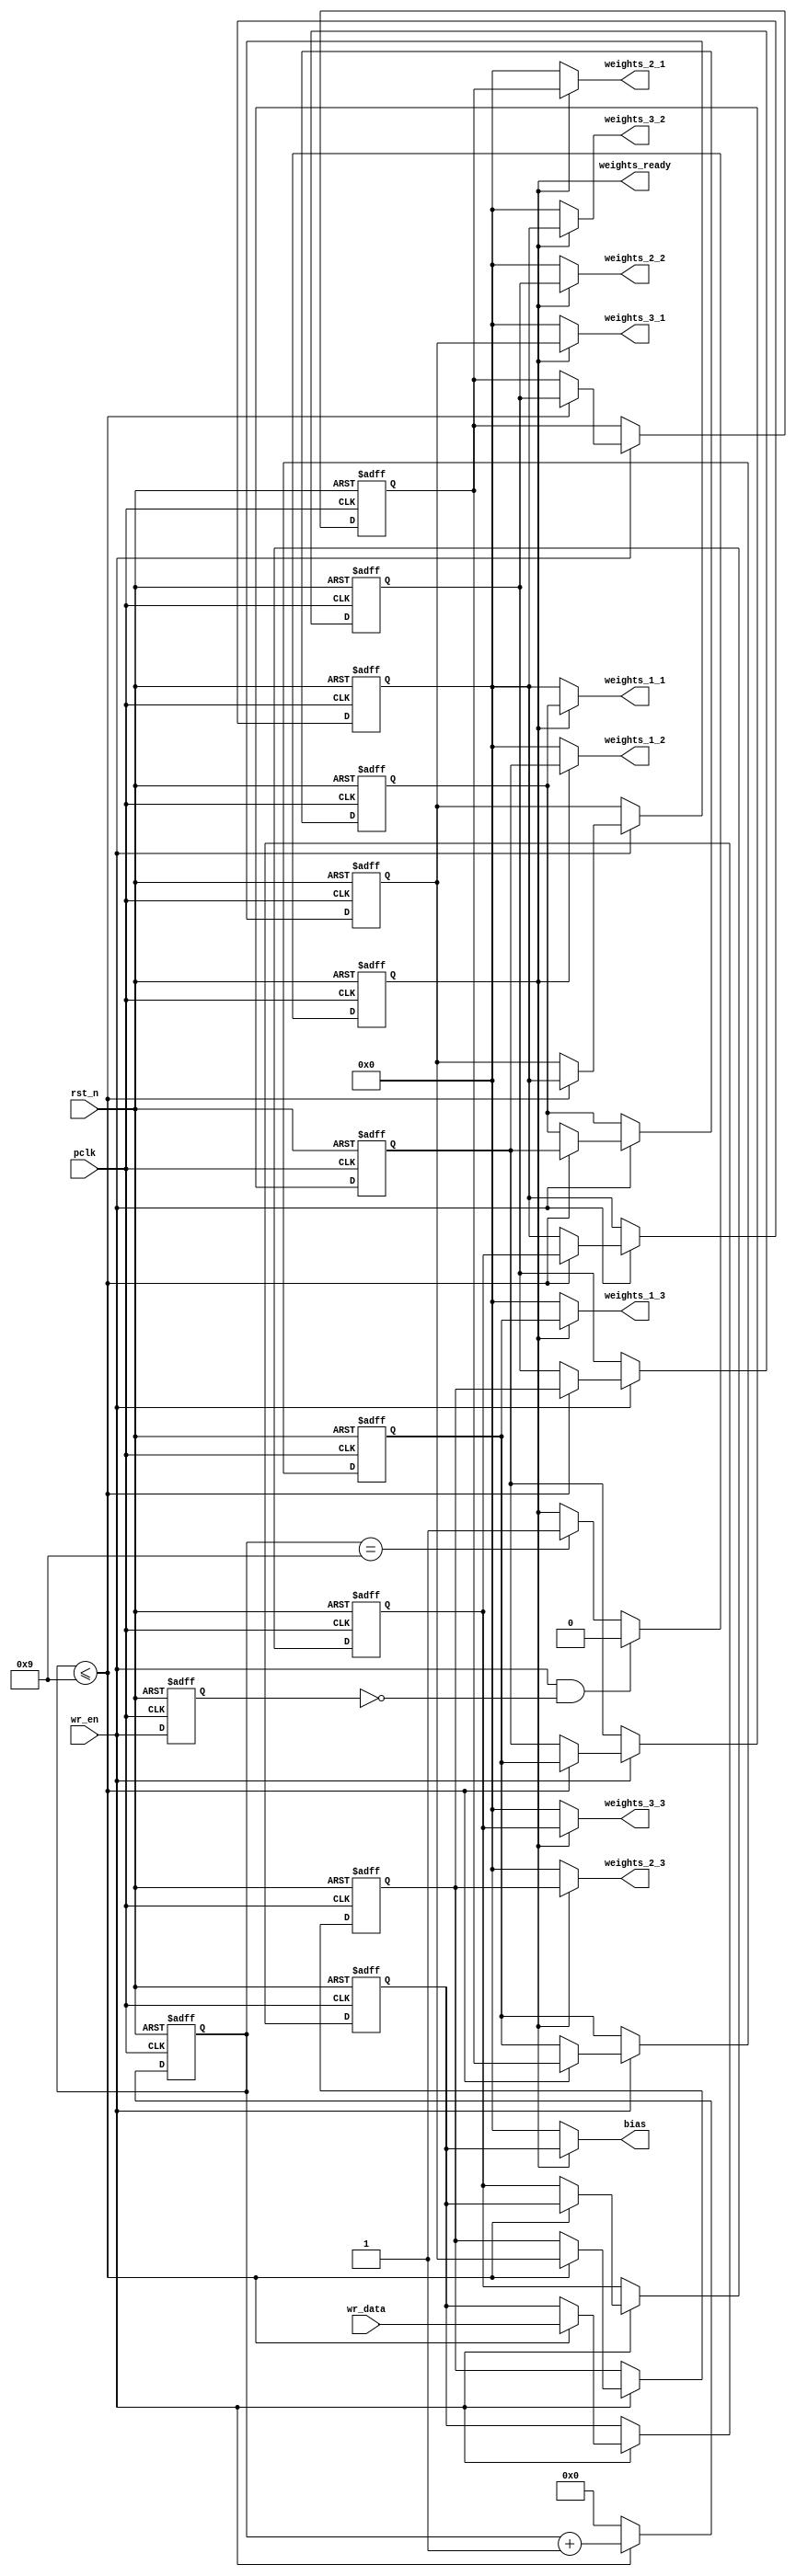
module conv_weights(
	input 				pclk,
	input 				rst_n,
	//10
	input  [15:0] 		wr_data,
	input 				wr_en,
	
	output [15:0] 	weights_1_1,
	output [15:0] 	weights_1_2,
	output [15:0] 	weights_1_3,
	output [15:0] 	weights_2_1,
	output [15:0] 	weights_2_2,
	output [15:0] 	weights_2_3,
	output [15:0] 	weights_3_1,
	output [15:0] 	weights_3_2,
	output [15:0] 	weights_3_3,
	output [15:0] 	bias,
	
	output 	reg 	weights_ready
);

reg 		wr_en_d0;
reg [15:0] 	weights [9:0];
reg	[3:0]	ptr;

assign weights_1_1 = weights_ready ? weights[0] : 16'b0;
assign weights_1_2 = weights_ready ? weights[1] : 16'b0;
assign weights_1_3 = weights_ready ? weights[2] : 16'b0;
assign weights_2_1 = weights_ready ? weights[3] : 16'b0;
assign weights_2_2 = weights_ready ? weights[4] : 16'b0;
assign weights_2_3 = weights_ready ? weights[5] : 16'b0;
assign weights_3_1 = weights_ready ? weights[6] : 16'b0;
assign weights_3_2 = weights_ready ? weights[7] : 16'b0;
assign weights_3_3 = weights_ready ? weights[8] : 16'b0;
assign bias 	   = weights_ready ? weights[9] : 16'b0;

always@(posedge pclk or negedge rst_n)
begin
	if(!rst_n)
		begin
			weights[0] <= 16'b0;
			weights[1] <= 16'b0;
			weights[2] <= 16'b0;
			weights[3] <= 16'b0;
			weights[4] <= 16'b0;
			weights[5] <= 16'b0;
			weights[6] <= 16'b0;
			weights[7] <= 16'b0;
			weights[8] <= 16'b0;
			weights[9] <= 16'b0;
		end
	else
		if(wr_en)
			begin
				if(ptr<=4'd9)
                begin
					weights[0] <= weights[1];
					weights[1] <= weights[2];
					weights[2] <= weights[3];
					weights[3] <= weights[4];
					weights[4] <= weights[5];
					weights[5] <= weights[6];
					weights[6] <= weights[7];
					weights[7] <= weights[8];
					weights[8] <= weights[9];
					weights[9] <= wr_data;
                end
				else 
                begin
					weights[0] <= weights[0];
					weights[1] <= weights[1];
					weights[2] <= weights[2];
					weights[3] <= weights[3];
					weights[4] <= weights[4];
					weights[5] <= weights[5];
					weights[6] <= weights[6];
					weights[7] <= weights[7];
					weights[8] <= weights[8];
					weights[9] <= weights[9];
                end
			end
		else
			begin
				weights[0] <= weights[0];
				weights[1] <= weights[1];
				weights[2] <= weights[2];
				weights[3] <= weights[3];
				weights[4] <= weights[4];
				weights[5] <= weights[5];
				weights[6] <= weights[6];
				weights[7] <= weights[7];
				weights[8] <= weights[8];
				weights[9] <= weights[9];
			end
end

always@(posedge pclk or negedge rst_n)
begin
	if(!rst_n)
		wr_en_d0 <= 1'b0;
	else
		wr_en_d0 <= wr_en;
end

always@(posedge pclk or negedge rst_n)
begin
	if(!rst_n)
		ptr <= 4'b0;
	else
		if(wr_en)
			ptr <= ptr + 4'b1;
		else 
			ptr <= 4'b0;
			
end

always@(posedge pclk or negedge rst_n)
begin
	if(!rst_n)
		weights_ready <= 1'b0;
	else
		if(wr_en && (!wr_en_d0))
			weights_ready <= 1'b0;
		else if(ptr == 9)
			weights_ready <= 1'b1;
		else
			weights_ready <= weights_ready;
end

endmodule